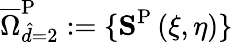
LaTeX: \overline{{\Omega}}_{\hat{d}=2}^{\mathrm{{P}}}:=\{ \mathbf{S}^{\mathrm{{P}}}\left(\xi,\eta\right)\}